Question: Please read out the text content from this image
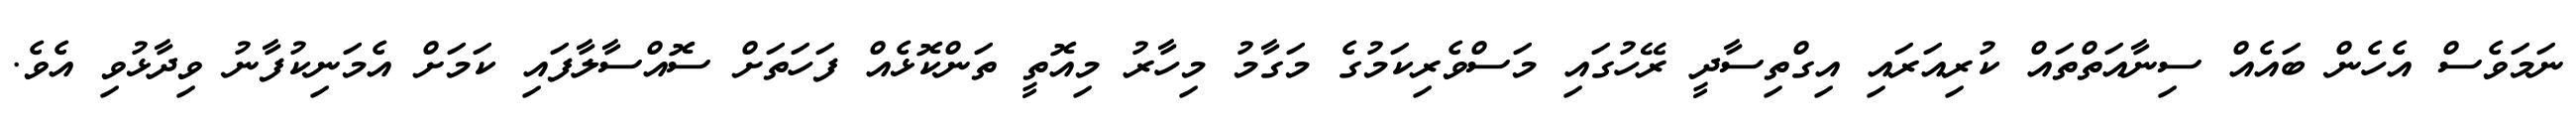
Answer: ނަމަވެސް އެހެން ބައެއް ސިނާއަތްތައް ކުރިއަރައި އިގްތިސާދީ ރޭހުގައި މަސްވެރިކަމުގެ މަގާމު މިހާރު މިއޮތީ ތަންކޮޅެއް ފަހަތަށް ސޮއްސާލާފައި ކަމަށް އެމަނިކުފާނު ވިދާޅުވި އެވެ.